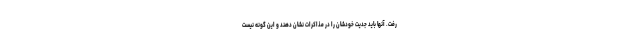
رفت. آنها باید جدیت خودشان را در مذاکرات نشان دهند و این گونه نیست